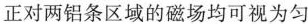
正对两铝条区域的磁场均可视为匀